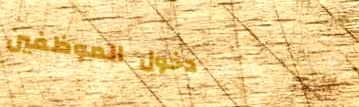
دخول الموظفين